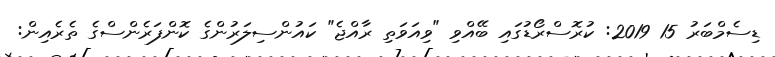
ޑިސެމްބަރު 15 2019: ކުރޮސްރޯޑުގައި ބޭއްވި "ވިއަވަތި ރާއްޖެ" ކައުންސިލަރުންގެ ކޮންފަރެންސްގެ ތެރެއިން: